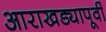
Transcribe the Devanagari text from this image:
आराखड्यापूर्वी